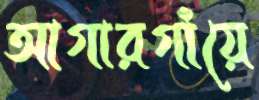
আগারগাঁয়ে